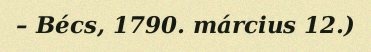
– Bécs, 1790. március 12.)